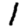
Digit: 1